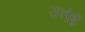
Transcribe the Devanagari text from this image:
उत्तेई